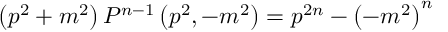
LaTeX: \left( p ^ { 2 } + m ^ { 2 } \right) P ^ { n - 1 } \left( p ^ { 2 } , - m ^ { 2 } \right) = p ^ { 2 n } - { \left( - m ^ { 2 } \right) } ^ { n }